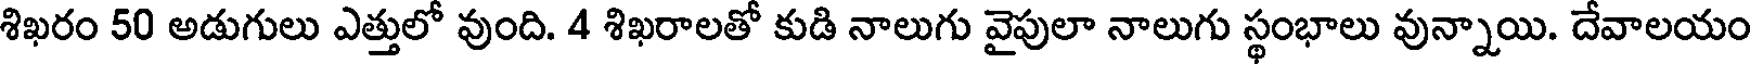
శిఖరం 50 అడుగులు ఎత్తులో వుంది. 4 శిఖరాలతో కుడి నాలుగు వైపులా నాలుగు స్థంభాలు వున్నాయి. దేవాలయం